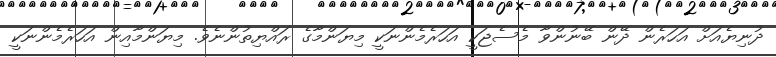
ދުނިޔެއަށް އަހަރެން ދޭން ބޭނުންވާ މެސެޖަކީ އަހަރެމެންނަކީ މިޔަންމާގެ ރައްޔިތުންނެވެ. މިޔަންމާއިން އަހަރެމެންނަކީ